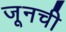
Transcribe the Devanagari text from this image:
जूनची